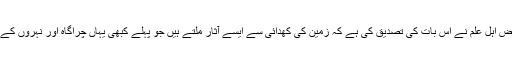
علم ارضیات کے بعض اہل علم نے اس بات کی تصدیق کی ہے کہ زمین کی کھدائی سے ایسے آثار ملتے ہیں جو پہلے کبھی یہاں چراگاہ اور نہروں کے ہونے کی دلیل ہیں ۔